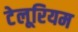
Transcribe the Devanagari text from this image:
टेलूरियम